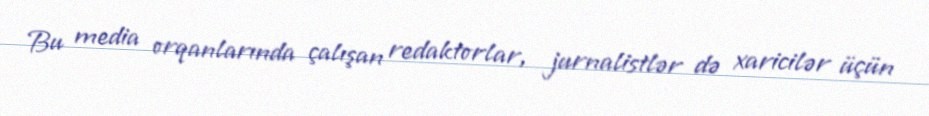
Bu media orqanlarında çalışan redaktorlar, jurnalistlər də xaricilər üçün